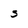
Character: S